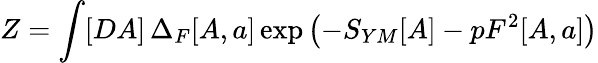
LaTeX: Z=\int[DA]\, \Delta_{F}[A,a]\exp\left(-S_{YM}[A]-pF^{2}[A,a]\right)